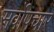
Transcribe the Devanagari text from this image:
सर्वोपचार